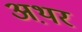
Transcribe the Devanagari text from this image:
अथ़र